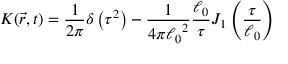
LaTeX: K ( \vec { r } , t ) = \frac { 1 } { 2 \pi } \delta \left( \tau ^ { 2 } \right) - \frac { 1 } { 4 \pi { \ell _ { 0 } } ^ { 2 } } \frac { \ell _ { 0 } } { \tau } J _ { 1 } \left( \frac { \tau } { \ell _ { 0 } } \right)